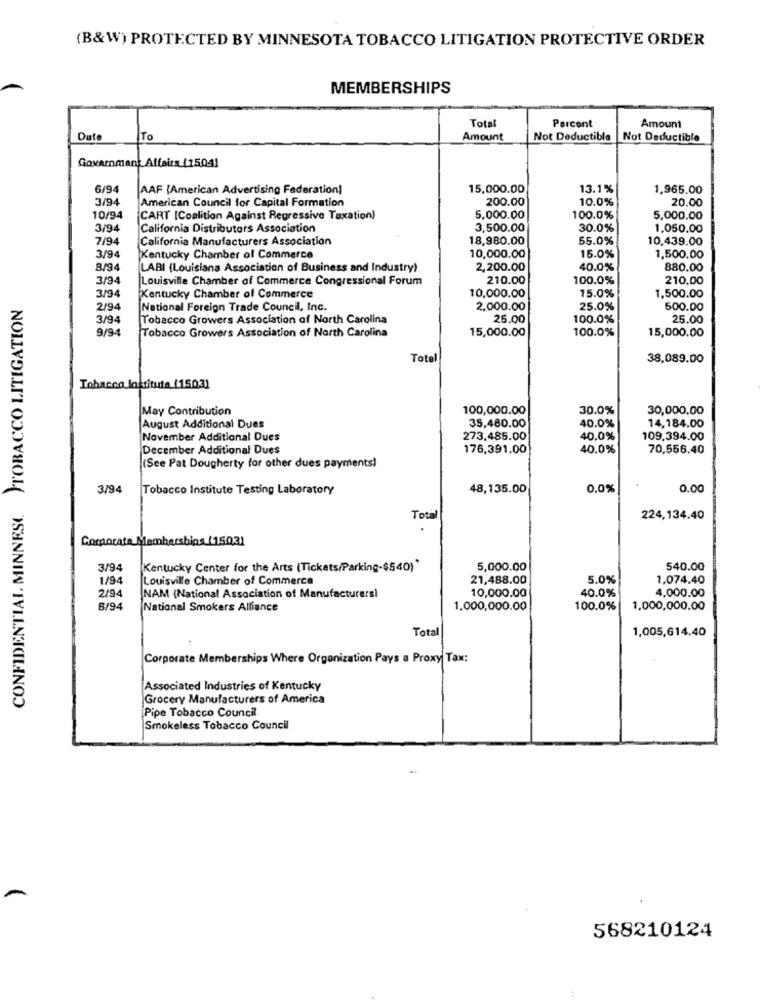
(B&W) PROTECTED BY MINNESOTA TOBACCO LITIGATION PROTECTIVE ORDER
MEMBERSHIPS
Percont
Total
Amount
Dat
To
Amount
Not Deductible
Not Deductible
Government Affairs (1504)
6/94
AAF {American Advertising Federation)
15,000.00
13.1%
1,965.00
3/94
American Council for Capital Formation
200.00
10.0%
20.00
10/94
CART [Coalition Against Regressive Taxation)
5,000.00
100.0%
5,000.00
3/94
California Distributors Association
3,500.00
30.0%
1.050.00
7/94
California Manufacturers Association
18.980.00
55.0%
10,439.00
3/94
Kentucky Chamber of Commerce
10,000.00
15.0%
1,500.00
8/94
LABI (Louisiana Association of Business and Industry)
2,200.00
40.0%
880.00
3/94
Louisville Chamber of Commerce Congressional Forum
210.00
100.0%
210.00
3/94
10,000.00
15.0%
CONFIDENTIAL MINNESE. PTOBACCO LITIGATION
Kentucky Chamber of Commerce
1,500.00
2/94
National Foreign Trade Council, Inc.
2,000.00
25.0%
500.00
3/94
Tobacco Growers Association of North Carolina
25.00
100.0%
25.00
9/94
Tobacco Growers Association of North Carolina
15,000.00
100.0%
15,000.00
Total
38,089.00
Tobacco Institute (1503)
May Contribution
100,000.00
30.0%
30,000.00
14,184.00
August Additional Dues
35,480.00
40.0%
November Additional Dues
273,485.00
40.0%
109.394.00
December Additional Dues
176,391.00
40.0%
70,556.40
(See Pat Dougherty for other dues payments!
3/94
Tobacco Institute Testing Laboratory
48,135.00
0.0%
0.00
Total
224,134.40
Corporate Mamb
ersbins (15031
3/94
Kentucky Center for the Arts (Tickets/Parking-$540)'
5,000.00
540.00
1/94
Louisville Chamber of Commerce
21,488.00
5.0%
1,074.40
2/94
10,000.00
40.0%
4.000.00
NAM (National Association of Manufacturers)
6/94
National Smokers Alliance
1.000,000.00
100.0%
1,000,000.00
Total
1,005,614.40
Corporate Memberships Where Organization Pays a Proxy Tax:
Associated Industries of Kentucky
Grocery Manufacturers of America
Pipe Tobacco Council
Smokeless Tobacco Council
568210124